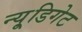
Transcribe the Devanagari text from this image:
न्यू्डिगेट